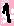
Text: 1